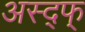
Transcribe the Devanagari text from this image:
अस्द्फ्